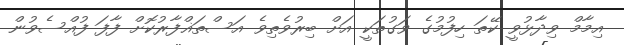
އިމާމް ވިދާޅުވީ ކޭތަ ހިފުމުގެ ވަގުތަކީ އަށް ބިރުވެތިވެ އަސްތަޣްފާރުކޮށް ފާފަ ފުއްސެވުން